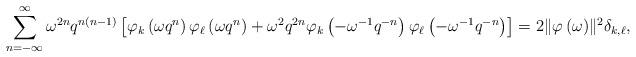
LaTeX: \begin{align*} \sum_{n=-\infty}^{\infty}\omega^{2n}q^{n(n-1)}\left[\varphi_{k}\left(\omega q^{n}\right)\varphi_{\ell}\left(\omega q^{n}\right)+\omega^{2}q^{2n}\varphi_{k}\left(-\omega^{-1}q^{-n}\right)\varphi_{\ell}\left(-\omega^{-1}q^{-n}\right)\right] =2\|\varphi\left(\omega\right)\!\|^{2}\delta_{k,\ell}, \end{align*}